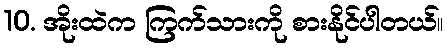
10. အိုးထဲက ကြက်သားကို စားနိုင်ပါတယ်။